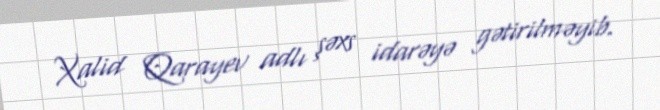
Xalid Qarayev adlı şəxs idarəyə gətirilməyib.